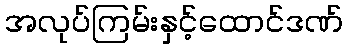
အလုပ်ကြမ်းနှင့်ထောင်ဒဏ်